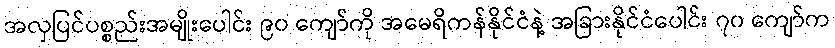
အလှပြင်ပစ္စည်းအမျိုးပေါင်း ၉၀ ကျော်ကို အမေရိကန်နိုင်ငံနဲ့ အခြားနိုင်ငံပေါင်း ၇၀ ကျော်က